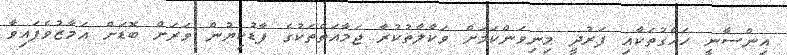
އިންސާނީ ހައްގުތަކާއި ފަރުދީ މިނިވަންކަމަށް ވަކާލާތުކުރާ ޖަމާއަތްތަކުގެ ފާޑުކިޔުން ވަރަށް ބޮޑަށް އަމާޒުވެފައިވާ